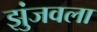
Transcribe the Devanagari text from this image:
झुंजवला